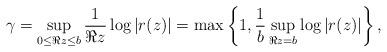
LaTeX: \begin{align*} \gamma = \sup_{0 \leq \Re z \leq b} \frac{1}{\Re z} \log |r(z)|= \max\left\{1,\frac{1}{b} \sup_{\Re z = b} \log |r(z)|\right\},\end{align*}